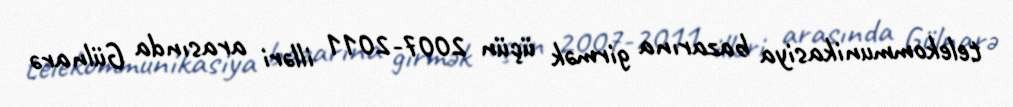
telekommunikasiya bazarına girmək üçün 2007-2011 illəri arasında Gülnarə